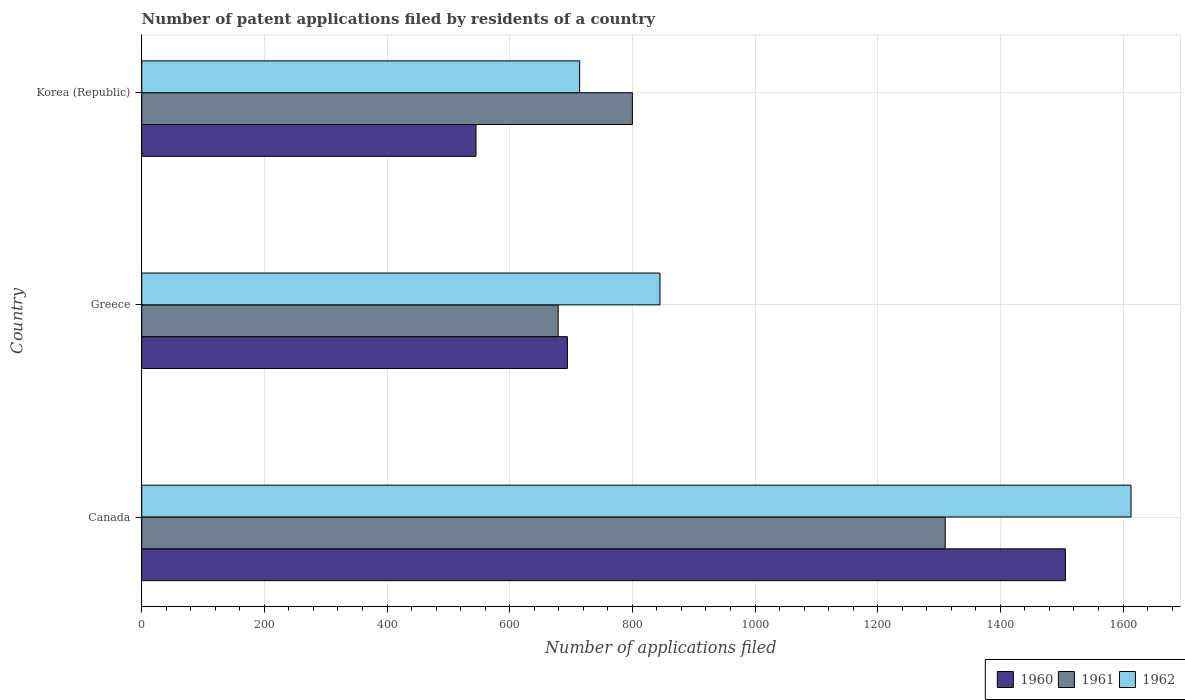
| Country | 1960 | 1961 | 1962 |
 | --- | --- | --- | --- |
 | Canada | 1.51e+03 | 1.31e+03 | 1.61e+03 |
 | Greece | 694 | 679 | 845 |
 | Korea (Republic) | 545 | 800 | 714 |